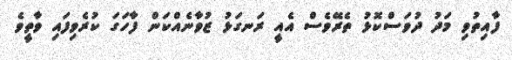
ފާއިތުވި މަދު ދުވަސްކޮޅު ތެރޭވެސް އެއީ ރަނގަޅު ޒުވާނެއްކަން ފާހަގަ ކުރެވިފައި ވާތީވެ